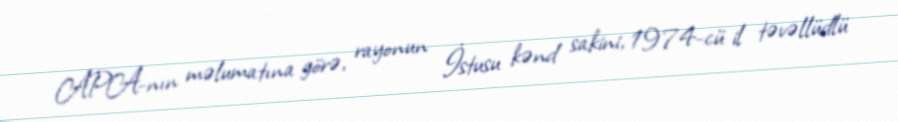
APA-nın məlumatına görə, rayonun İstusu kənd sakini, 1974-cü il təvəllüdlü